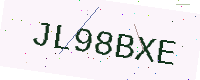
Text: JL98BXE